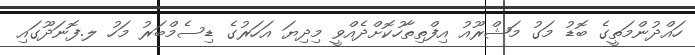
ހައްދުންމަތީގެ ބޮޑު މަގު މަޝްރޫއު އިފްތިތާހުކޮށްދެއްވީ މިދިޔަ އަހަރުގެ ޑިސެމްބަރު މަހު ލ.ފޮނަދޫގައި